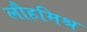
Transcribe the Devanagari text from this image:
लौहमिश्र